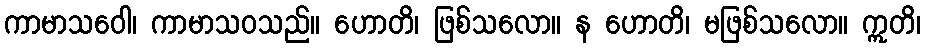
ကာမာသဝေါ၊ ကာမာသဝသည်။ ဟောတိ၊ ဖြစ်သလော။ န ဟောတိ၊ မဖြစ်သလော။ ဣတိ၊